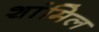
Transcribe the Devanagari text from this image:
शांमिल